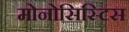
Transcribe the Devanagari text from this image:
मोनोसिस्टिस